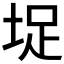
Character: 𭎣